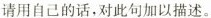
请用自己的话，对此句加以描述。